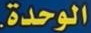
الوحدة